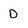
Character: D